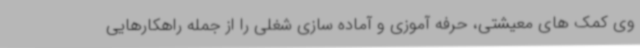
وی کمک های معیشتی، حرفه آموزی و آماده سازی شغلی را از جمله راهکارهایی